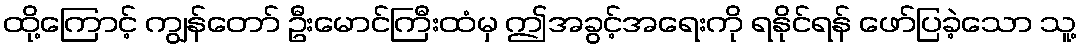
ထို့ကြောင့် ကျွန်တော် ဦးမောင်ကြီးထံမှ ဤအခွင့်အရေးကို ရနိုင်ရန် ဖော်ပြခဲ့သော သူ့